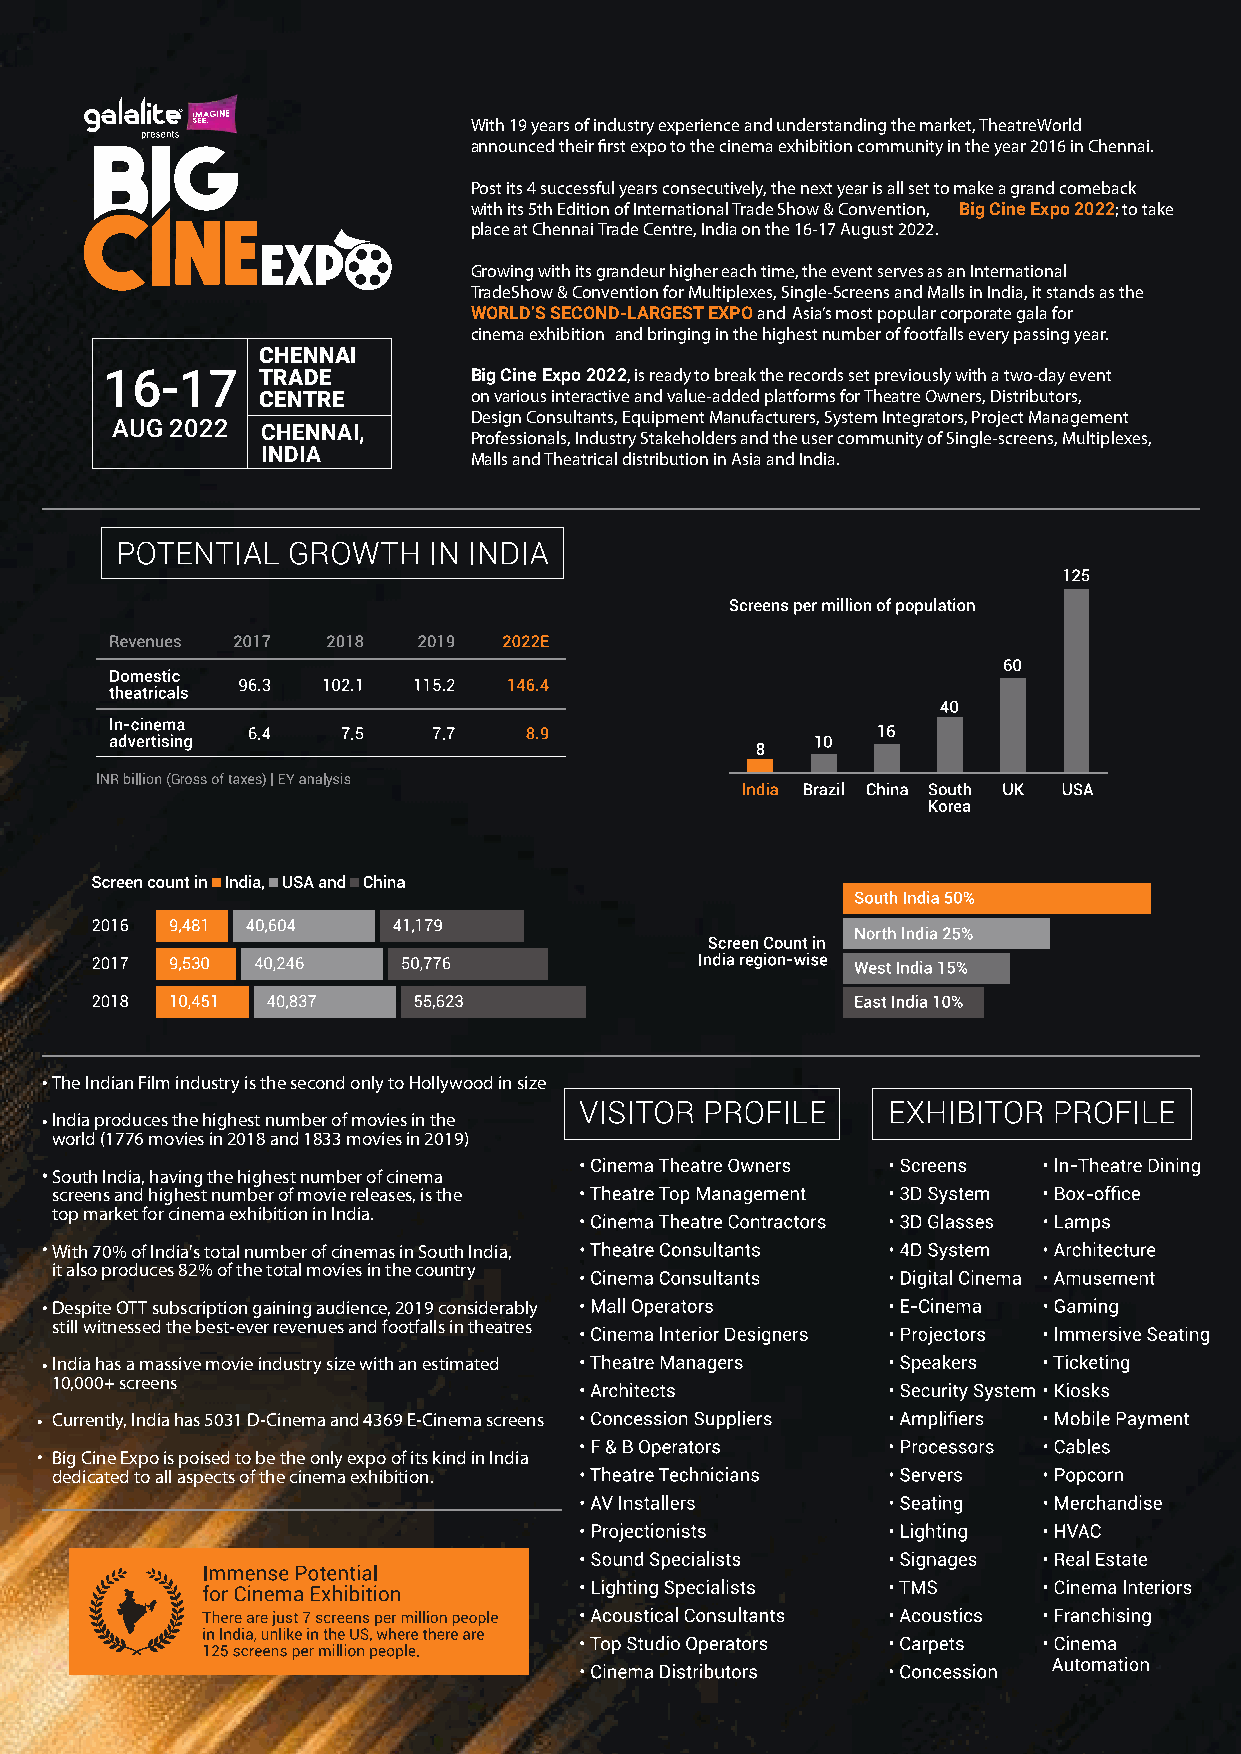
With 19 years of industry experience and understanding the market, TheatreWorld
 announced their first expo to the cinema exhibition community in the year 2016 in Chennai.
 Post its 4 successful years consecutively, the next year is all set to make a grand comeback
 with its 5th Edition of International Trade Show & Convention, Big Cine Expo 2022; to take
 place at Chennai Trade Centre, India on the 16-17 August 2022.
 Growing with its grandeur higher each time, the event serves as an International
 TradeShow & Convention for Multiplexes, Single-Screens and Malls in India, it stands as the
 WORLD’S SECOND-LARGEST EXPO and Asia’s most popular corporate gala for
 cinema exhibition and bringing in the highest number of footfalls every passing year.
 CHENNAI
 16-17     TRADE         Big Cine Expo 2022, is ready to break the records set previously with a two-day event
 CENTRE        on various interactive and value-added platforms for Theatre Owners, Distributors,
 Design Consultants, Equipment Manufacturers, System Integrators, Project Management
 AUG 2022  CHENNAI,
 Professionals, Industry Stakeholders and the user community of Single-screens, Multiplexes,
 INDIA         Malls and Theatrical distribution in Asia and India.
 The Indian Film industry is the second only to Hollywood in size
 India produces the highest number of movies in the
 world (1776 movies in 2018 and 1833 movies in 2019)
 South India, having the highest number of cinema
 screens and highest number of movie releases, is the
 top market for cinema exhibition in India.
 With 70% of India's total number of cinemas in South India,
 it also produces 82% of the total movies in the country
 Despite OTT subscription gaining audience, 2019 considerably
 still witnessed the best-ever revenues and footfalls in theatres
 India has a massive movie industry size with an estimated
 10,000+ screens
 Currently, India has 5031 D-Cinema and 4369 E-Cinema screens
 Big Cine Expo is poised to be the only expo of its kind in India
 dedicated to all aspects of the cinema exhibition.